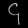
Digit: ၄